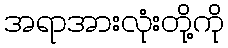
အရာအားလုံးတို့ကို